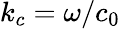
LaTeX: k_{c}=\omega/c_{0}